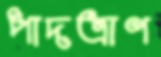
পাদত্রাণ